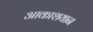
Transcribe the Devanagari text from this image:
आकाशयान